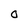
Character: O